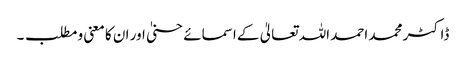
ڈاکٹر محمد احمد اللہ تعالیٰ کے اسمائے حسنیٰ اور ان کا معنی و مطلب ۔